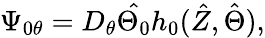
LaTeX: \Psi_{0\theta}=D_{\theta}\hat{\Theta_{0}}h_{0}(\hat{Z},\hat{\Theta}),